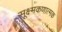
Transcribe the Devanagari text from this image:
सूक्ष्मकणात्मक